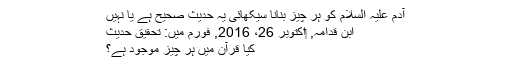
آدم علیہ السلام کو ہر چیز بنانا سیکھائی یہ حدیث صحیح ہے یا نہیں
ابن قدامہ, ‏اکتوبر 26، 2016, فورم میں: تحقیق حدیث
کیا قرآن میں ہر چیز موجود ہے؟